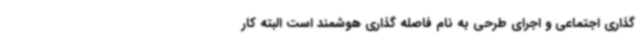
گذاری اجتماعی و اجرای طرحی به نام فاصله گذاری هوشمند است البته کار